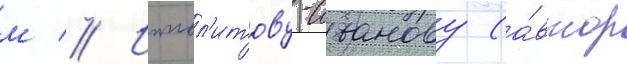
м // Иппол'итову-иванову (а́втор